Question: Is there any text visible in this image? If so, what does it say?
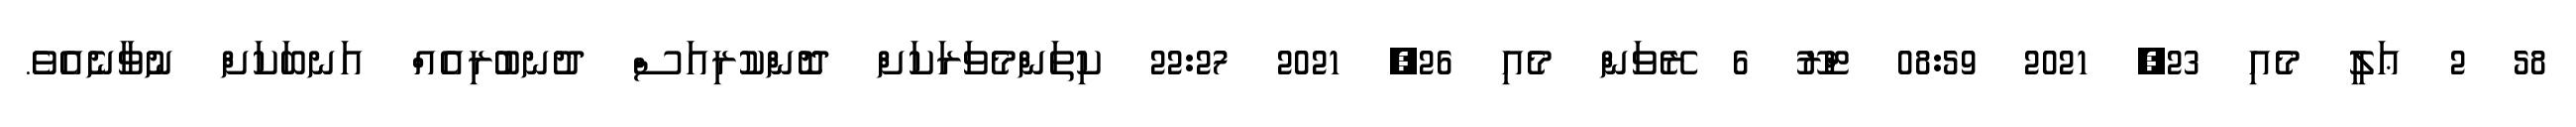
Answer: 58 2 ޢަލީ މެއި 23, 2021 08:59 ޓްރޫ 6 ރޭވަން މެއި 26, 2021 22:27 ކިތަންމެވަރަކަށް ދޮންކުރިއަސް ދުނބުރިއެއް އަނބަކަށް ނުވާނެއެވެ.